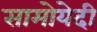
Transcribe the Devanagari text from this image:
सामोयेदी